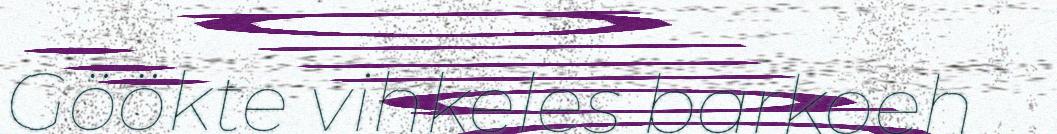
Göökte vihkeles barkoeh